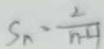
S _ { n } \cdot \frac { 2 } { n + 1 }